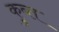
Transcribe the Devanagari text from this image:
कुब्त